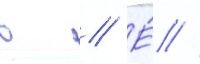
в // Е́ //